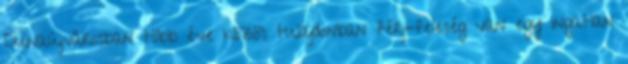
Dunaújvárosban több éve közös tulajdonban férj-feleség van egy ingatlan